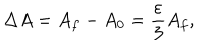
\Delta A = A _ { f } - A _ { 0 } = \frac { \varepsilon } { 3 } A _ { f } ,